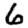
Digit: 6